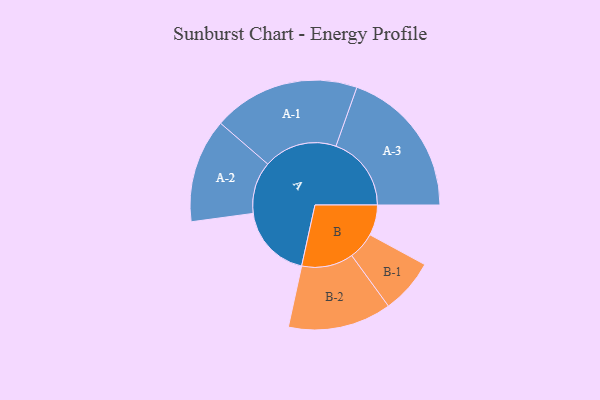
{"axis": {"x": "Segment", "y": "Value"}, "legend": ["", "A", "B"], "data": [{"x": "A", "y": 285, "type": ""}, {"x": "B", "y": 116, "type": ""}, {"x": "A-1", "y": 280, "type": "A"}, {"x": "A-2", "y": 198, "type": "A"}, {"x": "A-3", "y": 287, "type": "A"}, {"x": "B-1", "y": 104, "type": "B"}, {"x": "B-2", "y": 197, "type": "B"}]}